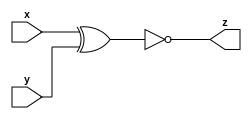
module top_module ( input x, input y, output z );

    assign z = !(x ^ y);
endmodule